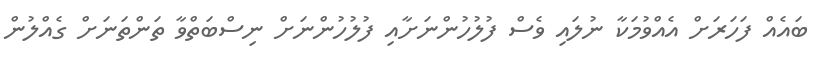
ބައެއް ފަހަރަށް އެއްވުމަކާ ނުލައި ވެސް ފުލުހުންނަށާއި ފުލުހުންނަށް ނިސްބަތްވާ ތަންތަނަށް ގެއްލުން